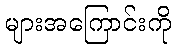
များအကြောင်းကို